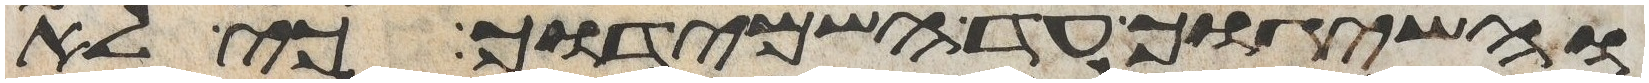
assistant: והשיגוך עד השמידוך כי לא